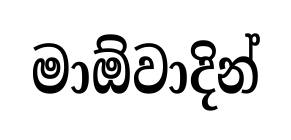
මාඕවාදින්